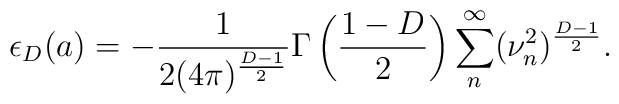
\epsilon_{D}(a)=-\frac{1}{2(4\pi)^{\frac{D-1}{2}}} \Gamma\left(\frac{1-D}{2}\right) \sum_{n}^{\infty}(\nu^{2}_{n})^{\frac{D-1}{2}}.